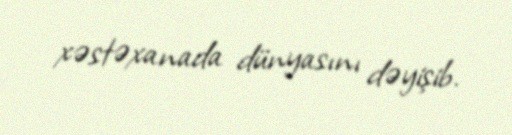
xəstəxanada dünyasını dəyişib.